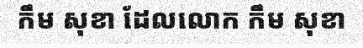
កឹម សុខា ដែលលោក កឹម សុខា